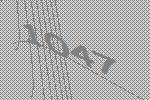
1047